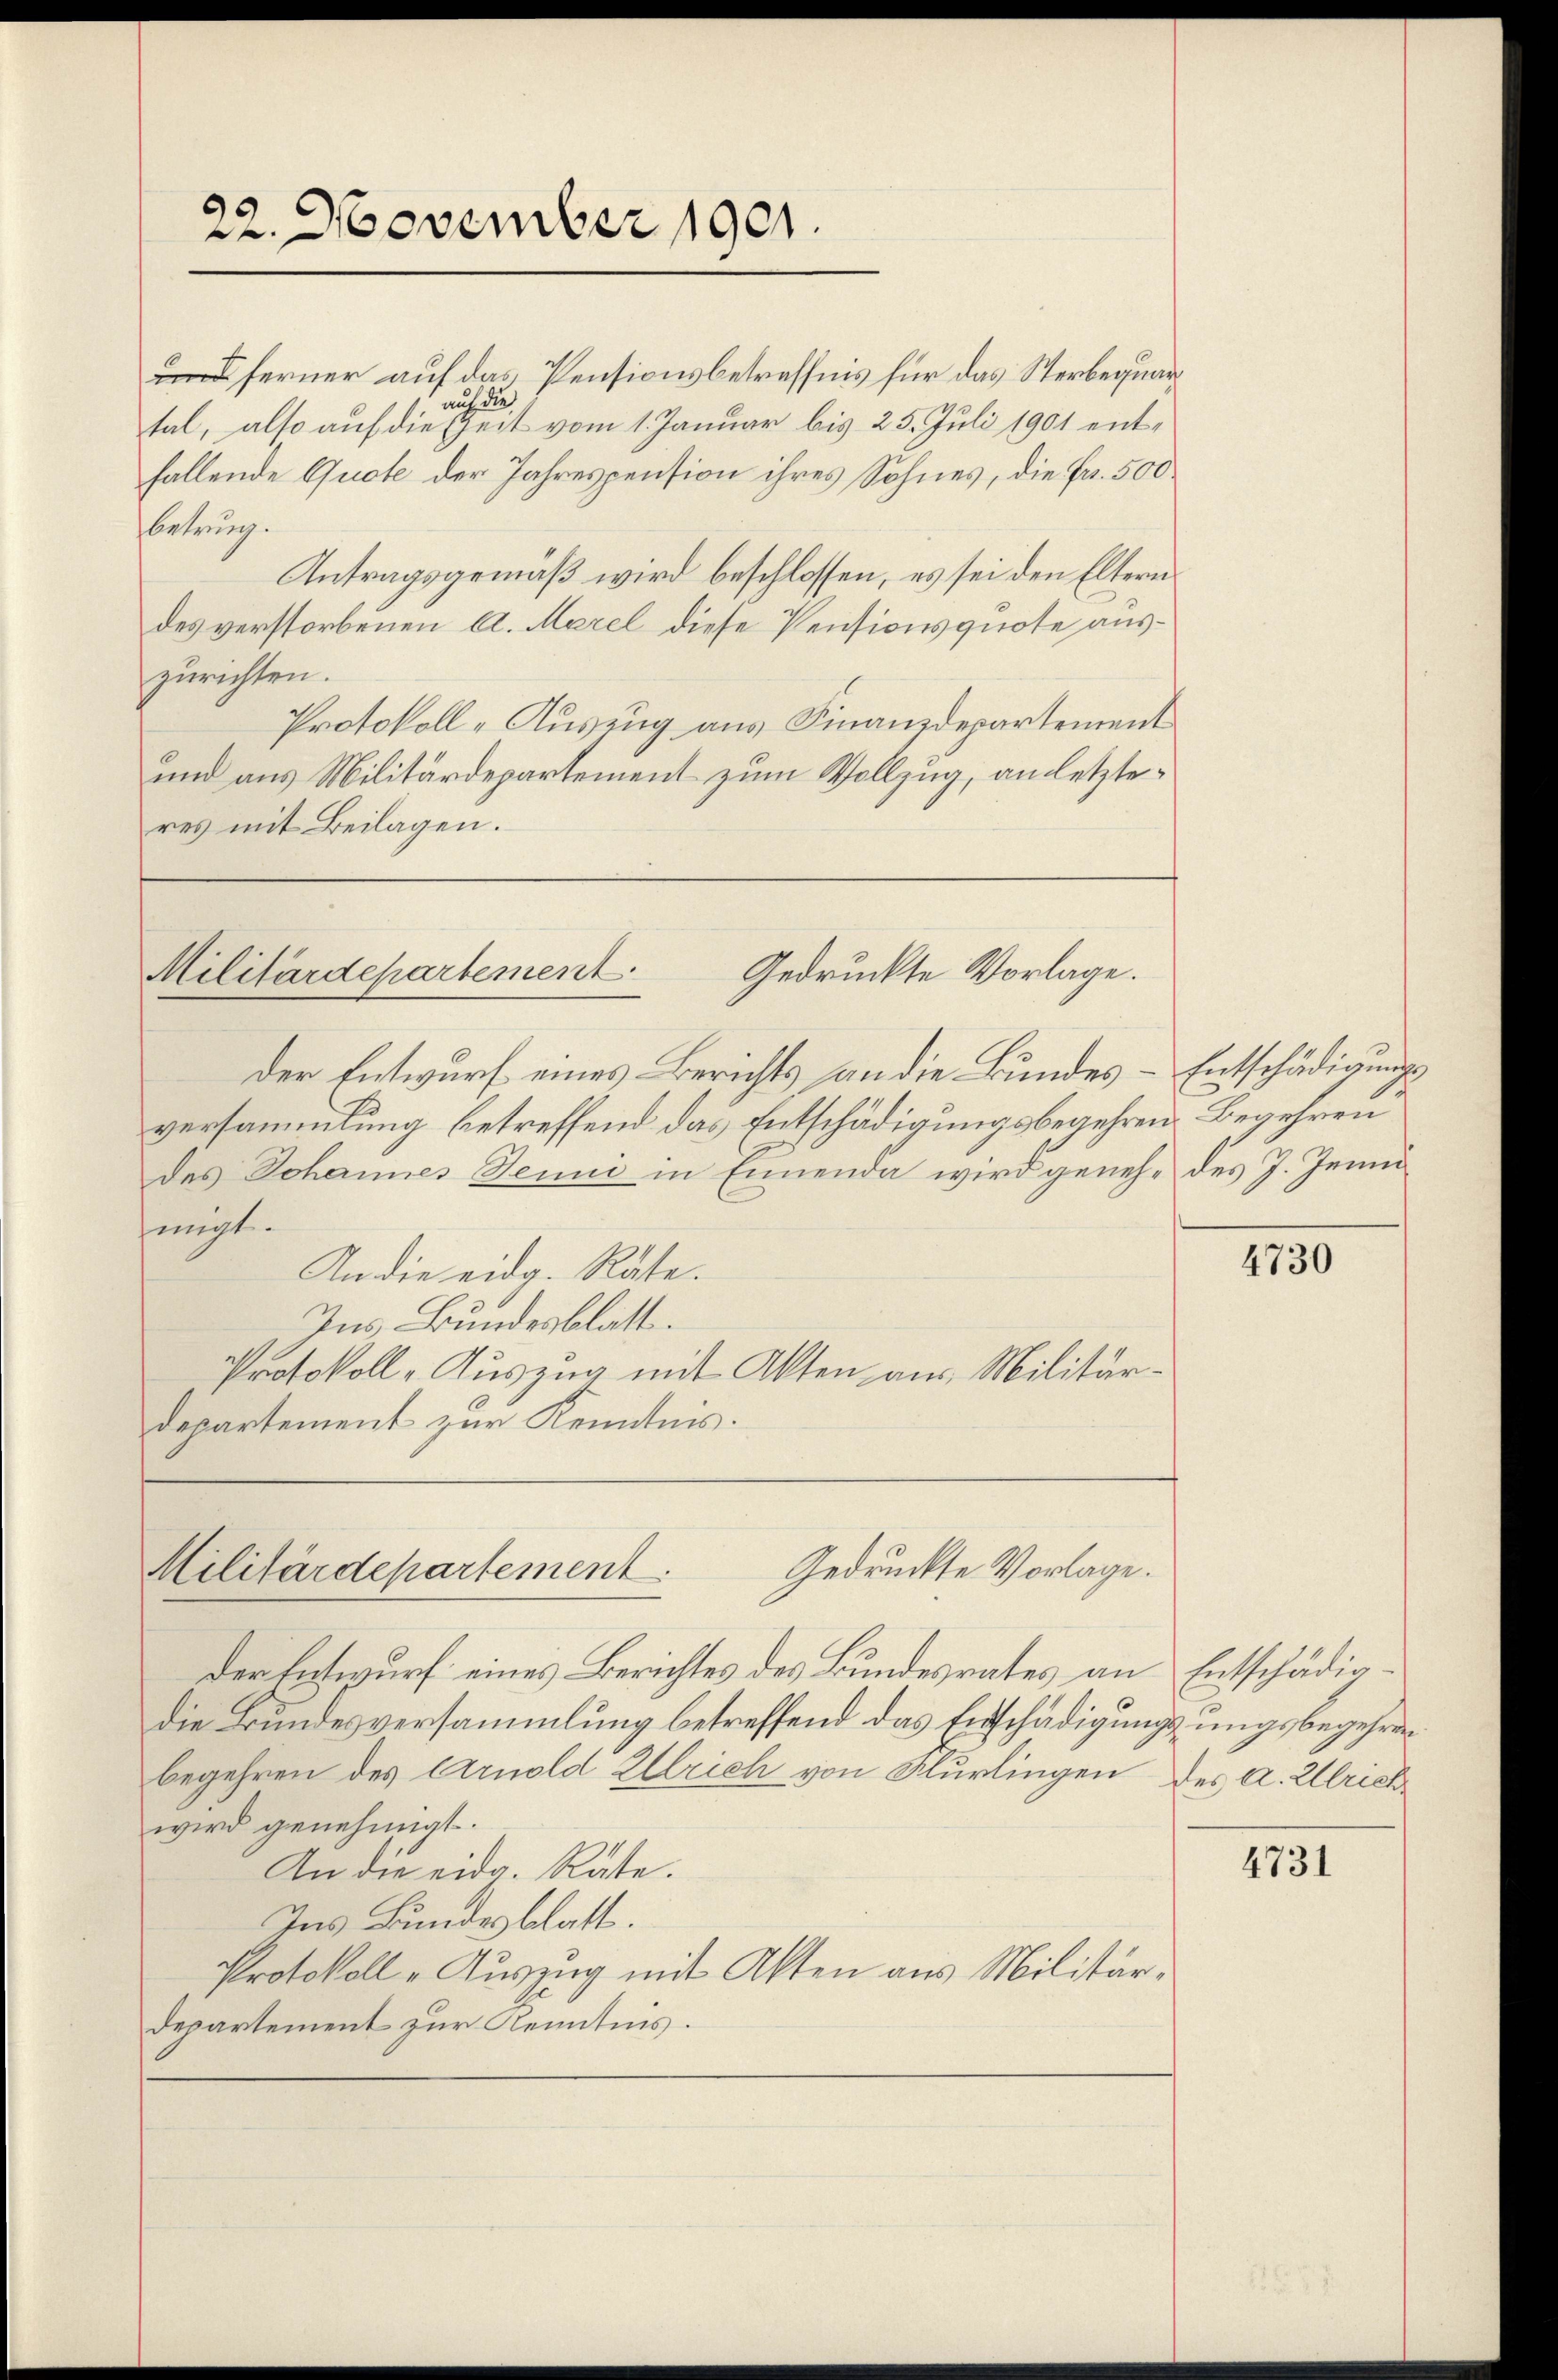
ferner auf das Pensionsbetreffnis für das Sterbequarauf die
tal, also auf die Zeit vom 1. Januar bis 25. Juli 1901 entfallende Quote der Jahrespension ihres Sohnes, die Fr. 500
fbetrung.
Antragsgemäß wird beschlossen, es sei den Eltern
des verstorbenen A. Merel diese Pensionsquote auszurichten.
Protokoll-Auszug aus Finanzdepartement
und aus Militärdepartement zum Vollzug, an letzteres mit Beilagen.

22. November 1901.

versammlung betreffend das Entschädigungsbegehren Begehren
des Johannes Jenni in Einenda wird geneh- des J. Jennihmigt.
An die eidg. Räte.
Ins Bundesblatt.
Protokoll-Auszug mit Akten aus Militärdepartement zur Kenntnis.

Gedruckte Vorlage.
Militärdepartement
der Entwurf eines Berichts an die Bundes-Entschädigungs¬

Gedruckte Vorlage.
Militärdepartement

Der Entwurf eines Berichtes des Bundesrates an Entschädigdie Bundesversammlung betreffend das Entschädigungsungsbegehrebegehren des Arnold Ullrich von Flurlingen des a. Ulrichwird genehmigt.
An die eidg. Rate.
Ins Bundesblatt.
Protokoll - Auszug mit Akten aus Militär¬
Departement zur Kenntnis.

4730

4731